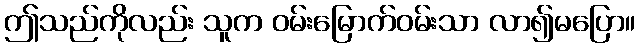
ဤသည်ကိုလည်း သူက ဝမ်းမြောက်ဝမ်းသာ လာ၍မပြော။